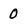
Character: 0